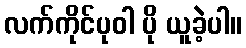
လက်ကိုင်ပုဝါ ပို ယူခဲ့ပါ။